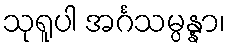
သုရူပါ အင်္ဂသမ္ပန္နာ၊